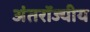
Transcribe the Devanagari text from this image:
अंतरॉज्यीय